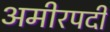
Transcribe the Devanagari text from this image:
अमीरपदी